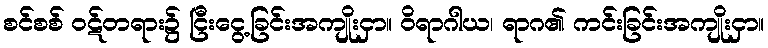
စင်စစ် ဝဋ်တရား၌ ငြီးငွေ့ခြင်းအကျိုးငှာ။ ဝိရာဂါယ၊ ရာဂ၏ ကင်းခြင်းအကျိုးငှာ။